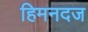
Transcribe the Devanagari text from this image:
हिमनदज